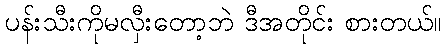
ပန်းသီးကိုမလှီးတော့ဘဲ ဒီအတိုင်း စားတယ်။